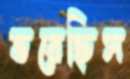
ভরেছিস